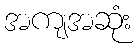
အကျအဆုံး